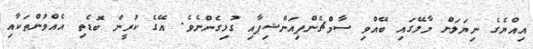
އިއްޔެގެ ނިޔަލަށް މާލޭގައި ބޭއްވި ސާމްޗެންޕިއަންޝިޕާއި ގުޅިގެންނެވެ. އޭގެ ކުރީން ބޮޑެތި އެއްވުންތަކާއި